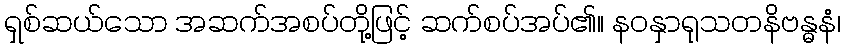
ရှစ်ဆယ်သော အဆက်အစပ်တို့ဖြင့် ဆက်စပ်အပ်၏။ နဝနှာရုသတနိဗန္ဓနံ၊